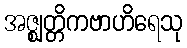
အဇ္ဈတ္တိကဗာဟိရေသု